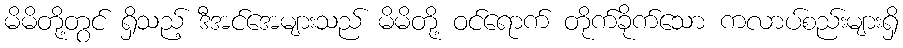
မိမိတို့တွင် ရှိသည့် ဒီအင်အေများသည် မိမိတို့ ဝင်ရောက် တိုက်ခိုက်သော ကလာပ်စည်းများရှိ